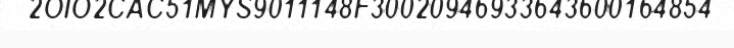
2OIO2CAC51MYS9011148F30020946933643600164854